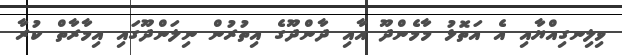
ވިލިނގިއްޔާއި އެ އަތޮޅު މާމެންދޫ އާއި ދާންދޫގެ އިތުރުން ނިލަންދޫގައި އިމާރާތް ކުރާ